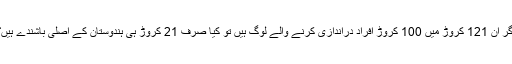
اگر ان 121 کروڑ میں 100 کروڑ افراد دراندازی کرنے والے لوگ ہیں تو کیا صرف 21 کروڑ ہی ہندوستان کے اصلی باشندے ہیں؟